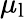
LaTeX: \mu_{\mathrm{l}}